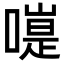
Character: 𠽭